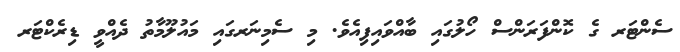
ސެންޓަރ ގެ ކޮންފަރަންސް ހޯލުގައި ބާއްވައިފިއެވެ. މި ސެމިނަރގައި މައުލޫމާތު ދެއްވީ ޑިރެކްޓަރ